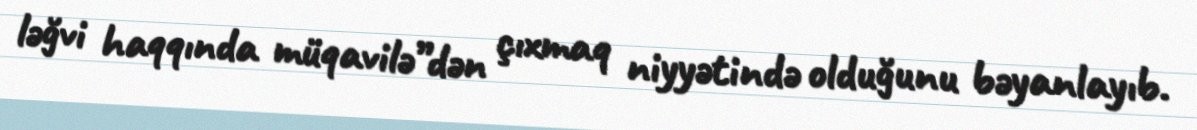
ləğvi haqqında müqavilə”dən çıxmaq niyyətində olduğunu bəyanlayıb.